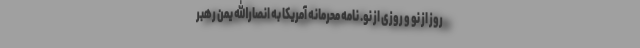
روز از نو و روزی از نو. نامه محرمانه آمریکا به انصارالله یمن رهبر